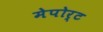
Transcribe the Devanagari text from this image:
मेपोर्ट